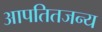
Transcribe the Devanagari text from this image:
आपतितजन्य